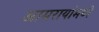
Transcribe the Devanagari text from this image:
आमरायांमध्ये